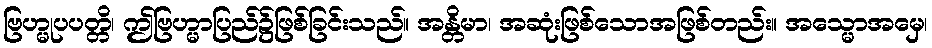
ဗြဟ္မုပပတ္တိ၊ ဤဗြဟ္မာပြည်၌ဖြစ်ခြင်းသည်။ အန္တိမာ၊ အဆုံးဖြစ်သောအဖြစ်တည်း။ အသ္မောအမှေ၊